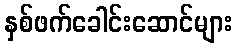
နှစ်ဖက်ခေါင်းဆောင်များ